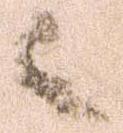
々